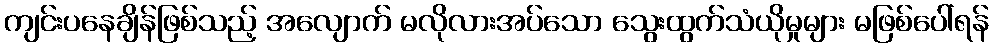
ကျင်းပနေချိန်ဖြစ်သည့် အလျောက် မလိုလားအပ်သော သွေးထွက်သံယိုမှုများ မဖြစ်ပေါ်ရန်